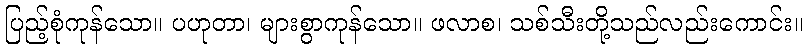
ပြည့်စုံကုန်သော။ ပဟုတာ၊ များစွာကုန်သော။ ဖလာစ၊ သစ်သီးတို့သည်လည်းကောင်း။